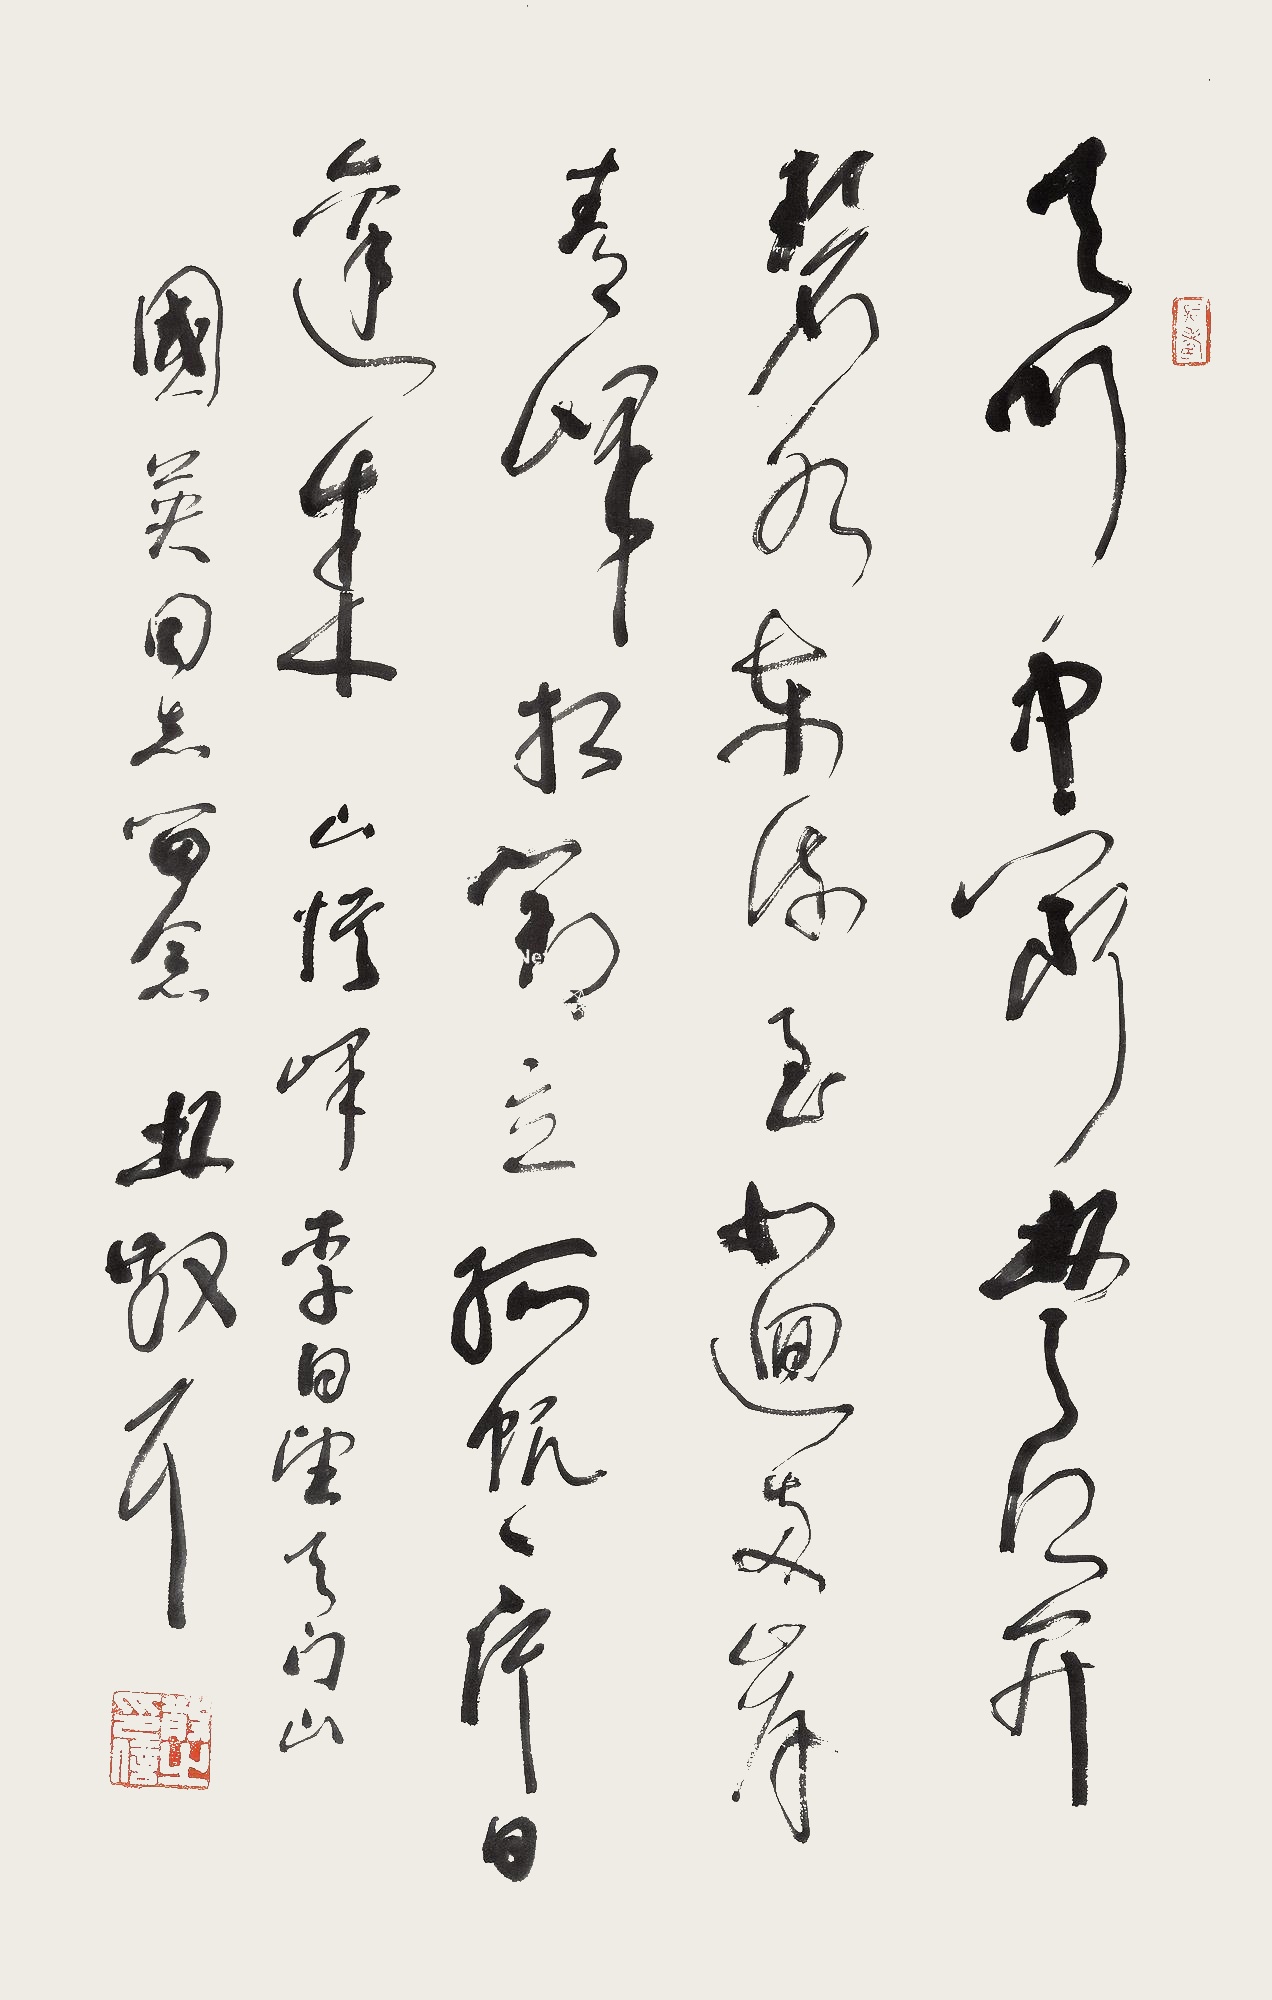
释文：天门中断楚江开，碧水东流至此回。两岸青山相对出，孤帆一片日边来。山误峰。李白《望天门山》。国英同志留念。林散耳。